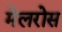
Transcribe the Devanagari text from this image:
मेलरोस